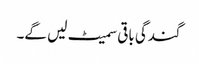
گندگی باقی سمیٹ لیں گے۔